Punjab Mental Hospital Lahore 1922-31 - 1922-1931
Year: 1922
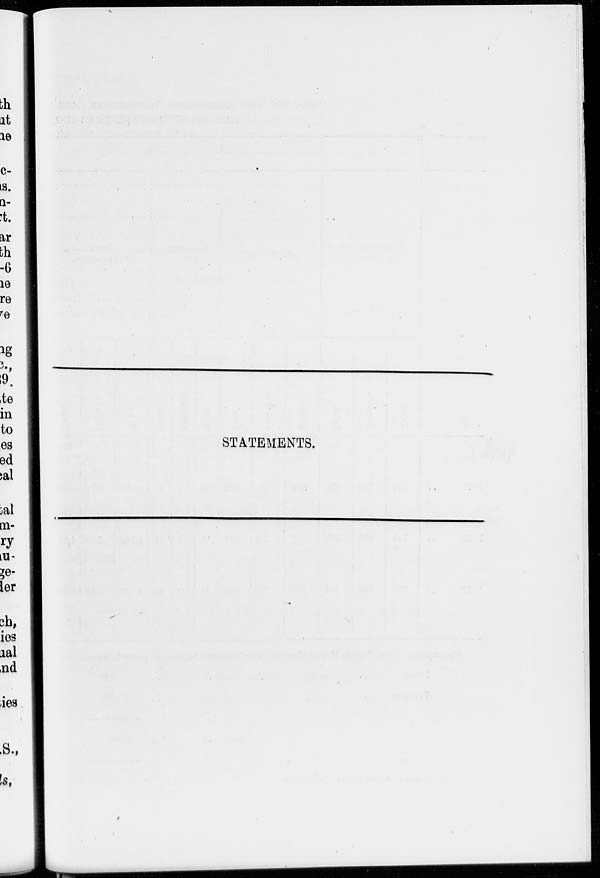
STATEMENTS.